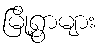
မြို့ရွာများ